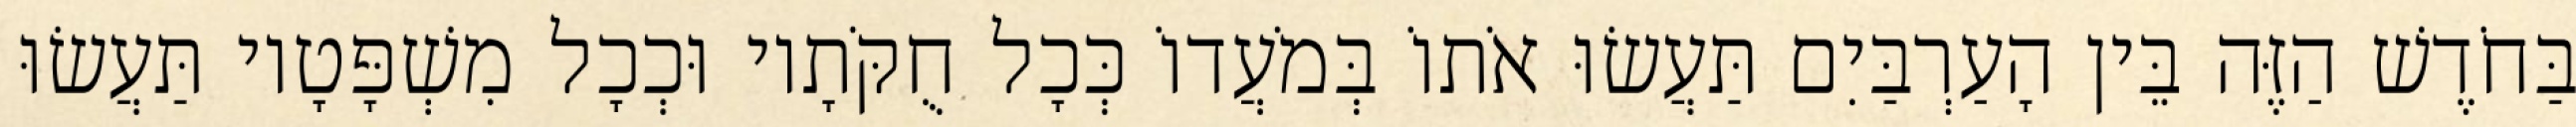
בַּחֹדֶשׁ הַזֶּה בֵּין הָעַרְבַּיִם תַּעֲשׂוּ אֹתוֹ בְּמֹעֲדוֹ כְּכָל חֻקֹּתָיו וּכְכָל מִשְׁפָּטָיו תַּעֲשׂוּ